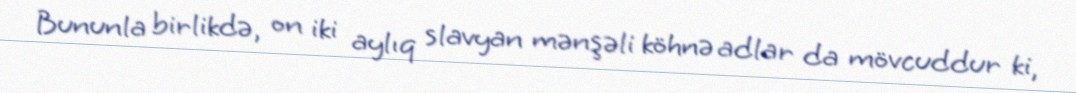
Bununla birlikdə, on iki aylıq slavyan mənşəli köhnə adlar da mövcuddur ki,